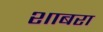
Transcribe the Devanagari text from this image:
शाबरा